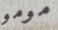
مومو